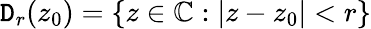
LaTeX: \mathtt{D}_{r}(z_{0})=\{ z\in\mathbb{{C}}:|z-z_{0}|<r\}